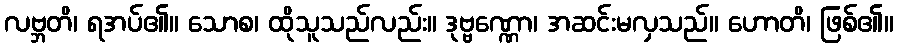
လဗ္ဘတိ၊ ရအပ်၏။ သောစ၊ ထိုသူသည်လည်း။ ဒုဗ္ဗဏ္ဏော၊ အဆင်းမလှသည်။ ဟောတိ၊ ဖြစ်၏။